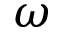
\omega